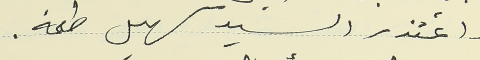
واعتذر السيد سهيل طعمه.